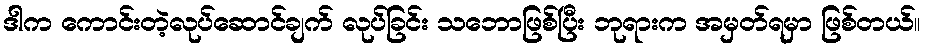
ဒါက ကောင်းတဲ့လုပ်ဆောင်ချက် လုပ်ခြင်း သဘောဖြစ်ပြီး ဘုရားက အမှတ်ရမှာ ဖြစ်တယ်။